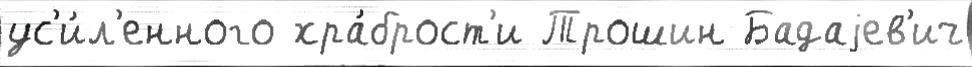
ус'и́л'енного хра́брост'и Трошин Бадаjев'ич